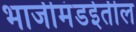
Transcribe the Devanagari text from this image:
भाजीमंडईतील